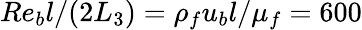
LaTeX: Re_{b}l/(2L_{3})=\rho_{f}u_{b}l/\mu_{f}=600